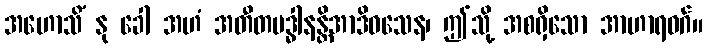
အဟောသိံ နု ခေါ အဟံ အတီတမဒ္ဓါနန္တိအာဒိဝသေန၊ ဤသို့ အစရှိသော အာဟာရဝဂ်။